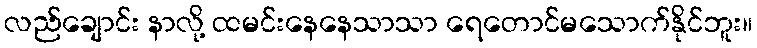
လည်ချောင်း နာလို့ ထမင်းနေနေသာသာ ရေတောင်မသောက်နိုင်ဘူး။